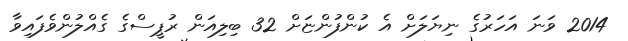
2014 ވަނަ އަހަރުގެ ނިޔަލަށް އެ ކުންފުންޏަށް 32 ބިލިއަން ރުޕީސްގެ ގެއްލުންވެފައިވާ